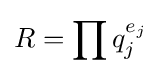
R=\prod q_{j}^{e_{j}}